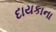
દાયકાના